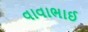
વાવાભાઈ